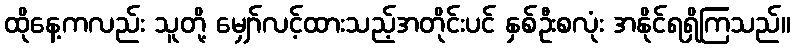
ထိုနေ့ကလည်း သူတို့ မျှော်လင့်ထားသည့်အတိုင်းပင် နှစ်ဦးစလုံး အနိုင်ရရှိကြသည်။